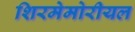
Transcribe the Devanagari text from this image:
शिरमेमोरीयल